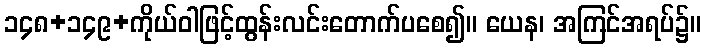
၁၄၈+၁၄၉+ကိုယ်ဝါဖြင့်ထွန်းလင်းတောက်ပစေ၍။ ယေန၊ အကြင်အရပ်၌။